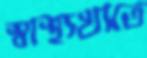
স্বাস্থ্যখাতে